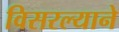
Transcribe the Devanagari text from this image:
विसरल्याने